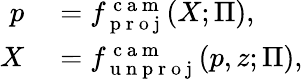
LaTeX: \begin{array}{rl}{p}&{{}=f_{\mathrm{~p~r~o~j~}}^{\mathrm{~c~a~m~}}(X;\Pi),}\\ {X}&{{}=f_{\mathrm{~u~n~p~r~o~j~}}^{\mathrm{~c~a~m~}}(p,z;\Pi),}\end{array}